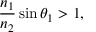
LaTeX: { \frac { n _ { 1 } } { n _ { 2 } } } \sin \theta _ { 1 } > 1 ,